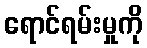
ရောင်ရမ်းမှုကို